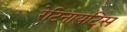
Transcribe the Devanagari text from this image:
रेटिनायटिस